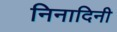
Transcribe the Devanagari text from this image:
निनादिनी